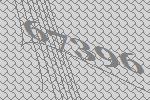
67396